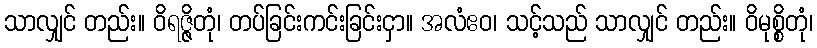
သာလျှင် တည်း။ ဝိရဇ္ဇိတုံ၊ တပ်ခြင်းကင်းခြင်းငှာ။ အလံဧဝ၊ သင့်သည် သာလျှင် တည်း။ ဝိမုစ္စိတုံ၊